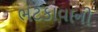
ભટકાવાની